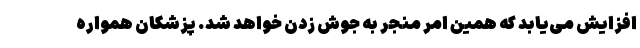
افزایش می‌یابد که همین امر منجر به جوش زدن خواهد شد. پزشکان همواره